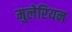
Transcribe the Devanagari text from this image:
मुलेरियन